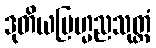
ဒုတိယဗြဟ္မညသုတ္တံ